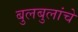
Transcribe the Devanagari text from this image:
बुलबुलांचे